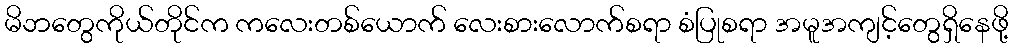
မိဘတွေကိုယ်တိုင်က ကလေးတစ်ယောက် လေးစားလောက်စရာ စံပြုစရာ အမူအကျင့်တွေရှိနေဖို့